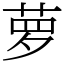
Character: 萝